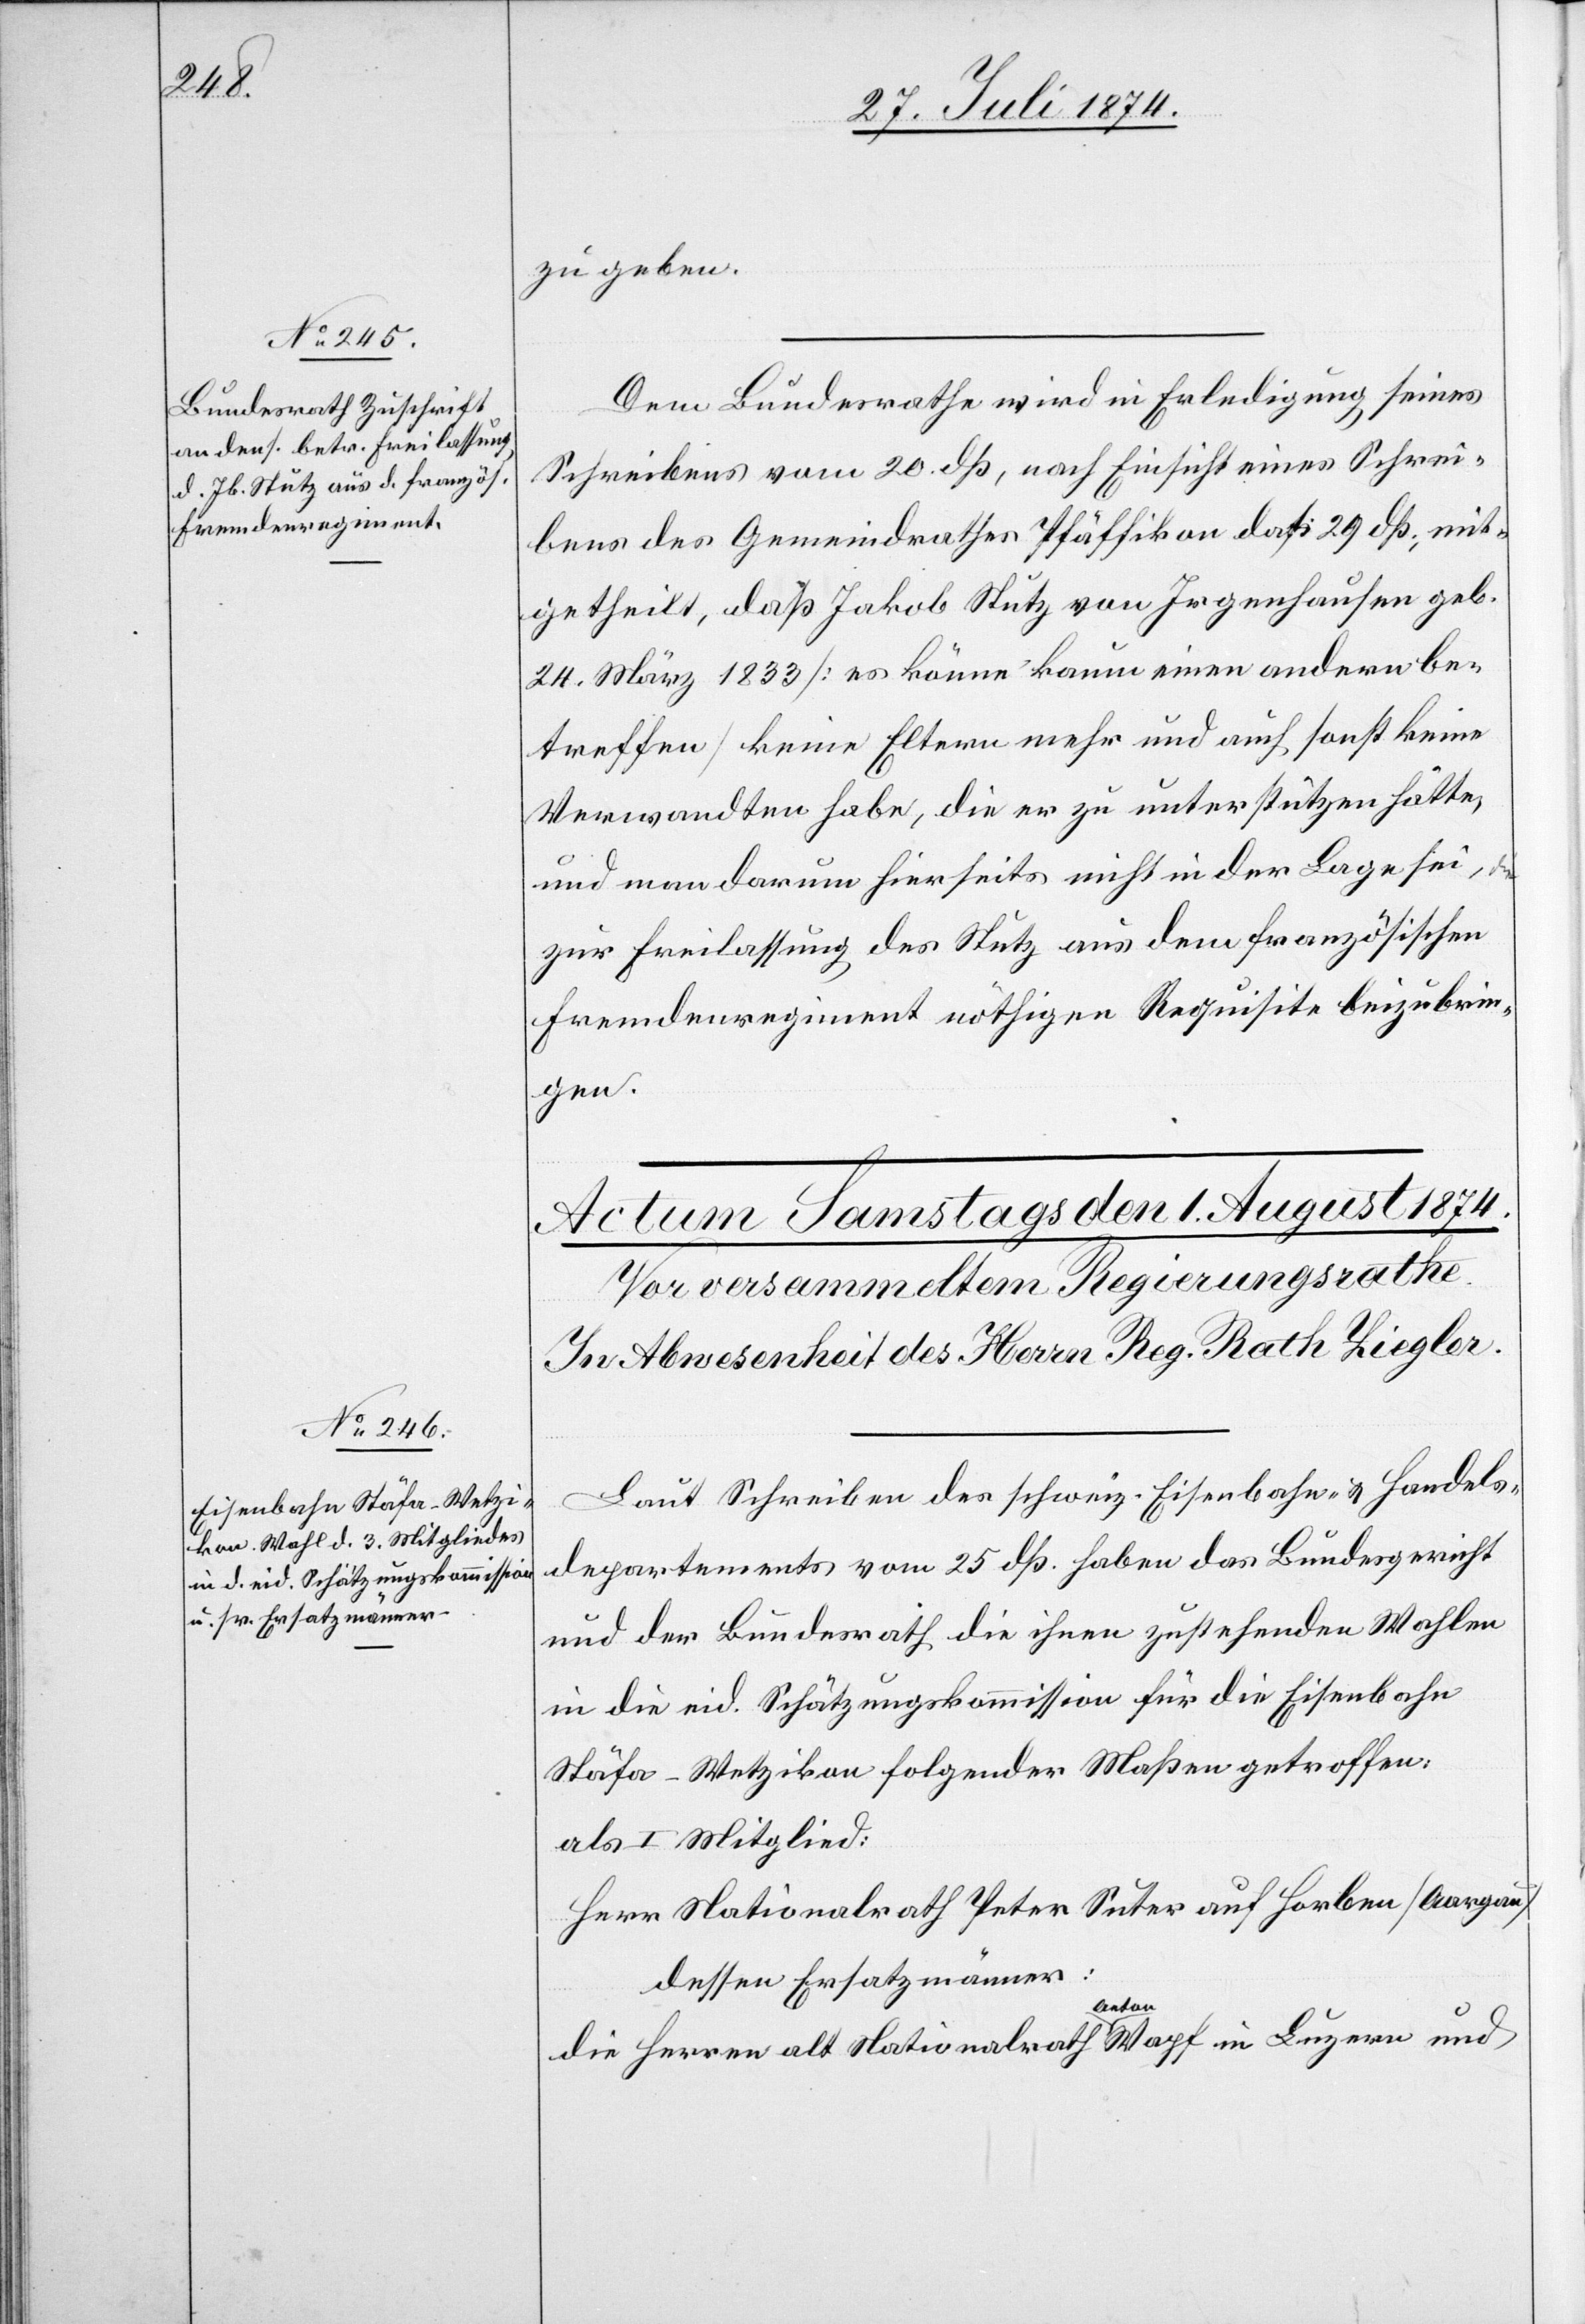
zu geben.
Dem Bundesrathe wird in Erledigung seines
Schreibens vom 20. dß, nach Einsicht eines Schrei¬
bens des Gemeindrathes Pfäffikon dat. 29. dß., mit¬
getheilt, daß Jakob Stutz von Irgenhausen geb.
24. März 1833 [es könne kaum einen andern be¬
treffen] keine Eltern mehr und auch sonst keine
Verwandten habe, die er zu unterstützen hätte,
und man darum hierseits nicht in der Lage sei, die
zur Freilassung des Stutz aus dem französischen
Fremdenregiment nöthigen Requisite beizubrin¬
gen.
Laut Schreiben des schweiz. Eisenbahn- u. Handels¬
departements vom 25 dß. haben das Bundesgericht
und der Bundesrath die ihnen zustehenden Wahlen
in die eid. Schätzungskommission für die Eisenbahn
Stäfa–Wetzikon folgender Maßen getroffen:
als I. Mitglied:
Herr Nationalrath Peter Suter auf Horben [Aargau]
dessen Ersatzmänner:
die Herren alt Nationalrath Anton Wapf in Luzern und